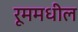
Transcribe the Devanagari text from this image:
रूममधील